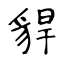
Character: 貋